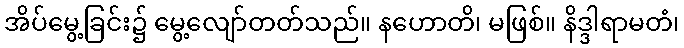
အိပ်မွေ့ခြင်း၌ မွေ့လျော်တတ်သည်။ နဟောတိ၊ မဖြစ်။ နိဒ္ဒါရာမတံ၊